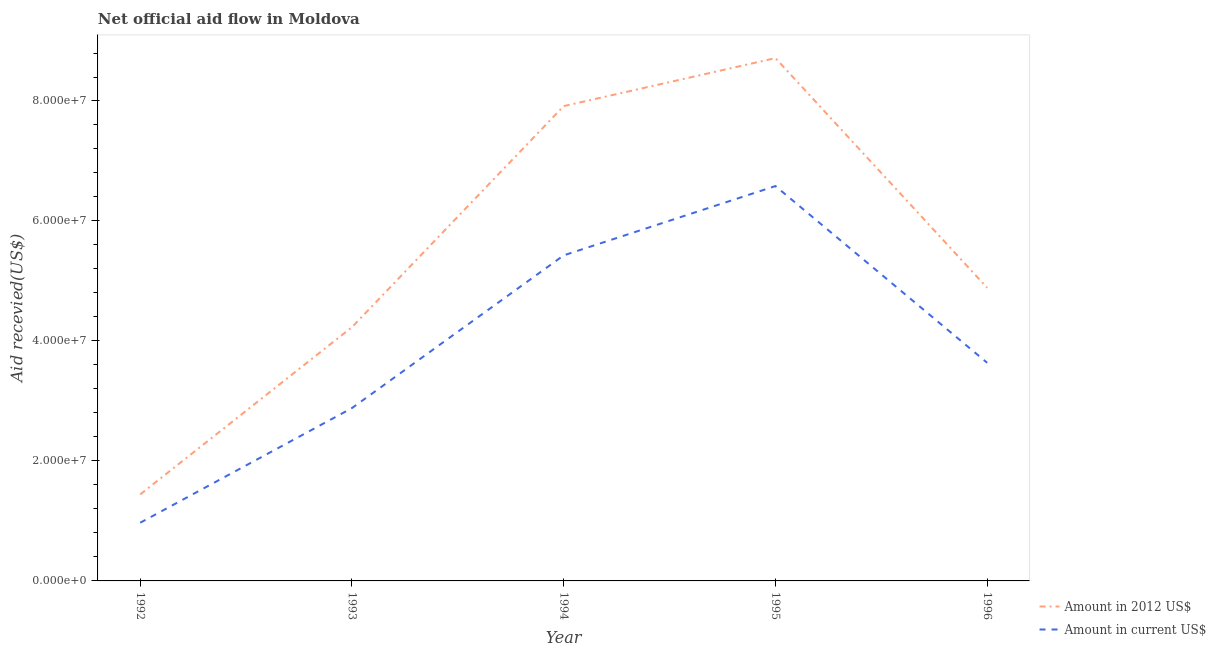
| Year | Amount in 2012 US$ | Amount in current US$ |
 | --- | --- | --- |
 | 1992 | 1.44e+07 | 9.7e+06 |
 | 1993 | 4.23e+07 | 2.88e+07 |
 | 1994 | 7.92e+07 | 5.43e+07 |
 | 1995 | 8.72e+07 | 6.58e+07 |
 | 1996 | 4.89e+07 | 3.64e+07 |